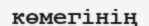
көмегінің